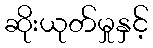
ဆိုးယုတ်မှုနှင့်